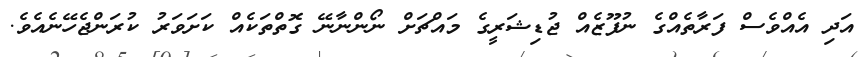
އަދި އެއްވެސް ފަރާތެއްގެ ނުފޫޒެއް ޖުޑިޝަރީގެ މައްޗަށް ނޯންނާނޭ ގޮތްތަކެއް ކަށަވަރު ކުރަންޖެހޭނެއެވެ.